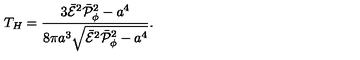
T _ { H } = { \frac { 3 \bar { \cal E } ^ { 2 } \bar { \cal P } _ { \phi } ^ { 2 } - a ^ { 4 } } { 8 \pi a ^ { 3 } \sqrt { \bar { \cal E } ^ { 2 } \bar { \cal P } _ { \phi } ^ { 2 } - a ^ { 4 } } } } .